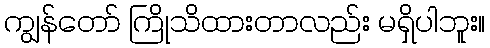
ကျွန်တော် ကြိုသိထားတာလည်း မရှိပါဘူး။